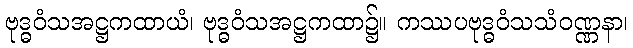
ဗုဒ္ဓဝံသအဋ္ဌကထာယံ၊ ဗုဒ္ဓဝံသအဋ္ဌကထာ၌။ ကဿပဗုဒ္ဓဝံသသံဝဏ္ဏနာ၊